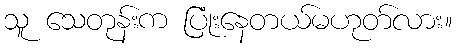
သူ သေတုန်းက ပြုံးနေတယ်မဟုတ်လား။